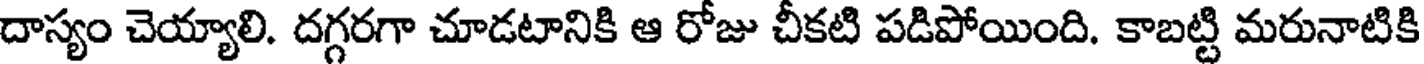
దాస్యం చెయ్యాలి. దగ్గరగా చూడటానికి ఆ రోజు చీకటి పడిపోయింది. కాబట్టి మరునాటికి